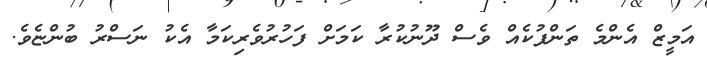
އަމީޒް އެންމެ ތަންފުކެއް ވެސް ދޫނުކުރާ ކަމަށް ފަހުރުވެރިކަމާ އެކު ނަސްރު ބުންޏެވެ.